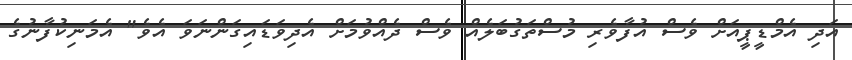
އަދި އެމްޑީޕީއަށް ވެސް އުފާވެރި މުސްތަގުބަލެއް ވެސް ދެއްވުމަށް އެދިވަޑައިގަންނަވަ އެވެ" އެމަނިކުފާނުގެ